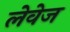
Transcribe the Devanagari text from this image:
लेवेज